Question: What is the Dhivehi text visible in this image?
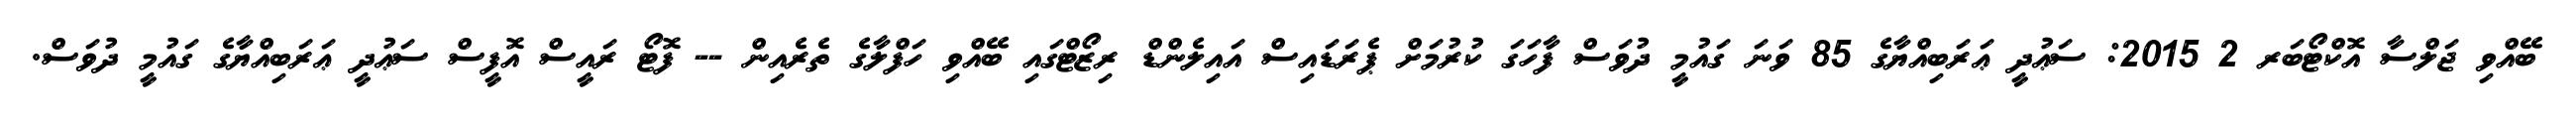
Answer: ބޭއްވި ޖަލްސާ އޮކްޓޯބަރ 2 2015: ސަޢުދީ ޢަރަބިއްޔާގެ 85 ވަނަ ގައުމީ ދުވަސް ފާހަގަ ކުރުމަށް ޕެރަޑައިސް އައިލެންޑް ރިޒޯޓްގައި ބޭއްވި ހަފްލާގެ ތެރެއިން -- ފޮޓޯ ރައީސް އޮފީސް ސަޢުދީ ޢަރަބިއްޔާގެ ގައުމީ ދުވަސް.